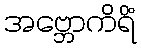
အဗ္ဘောကိရိံ